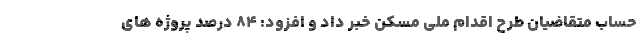
حساب متقاضیان طرح اقدام ملی مسکن خبر داد و افزود: ۸۴ درصد پروژه های